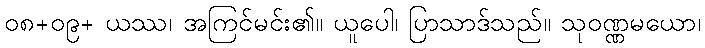
၀၈+၀၉+ ယဿ၊ အကြင်မင်း၏။ ယူပေါ၊ ပြာသာဒ်သည်။ သုဝဏ္ဏမယော၊